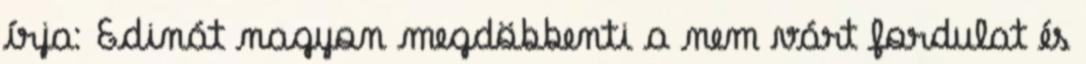
írja: Edinát nagyon megdöbbenti a nem várt fordulat és